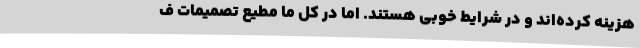
هزینه کرده‌اند و در شرایط خوبی هستند. اما در کل ما مطیع تصمیمات ف